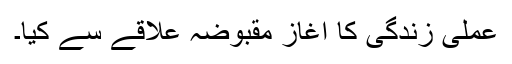
عملی زندگی کا آغاز مقبوضہ علاقے سے کیا۔